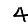
Digit: 4